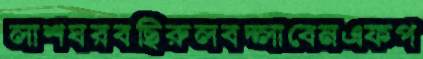
লাশঘরবছিরুলবদ্‌লাবেনএফপ